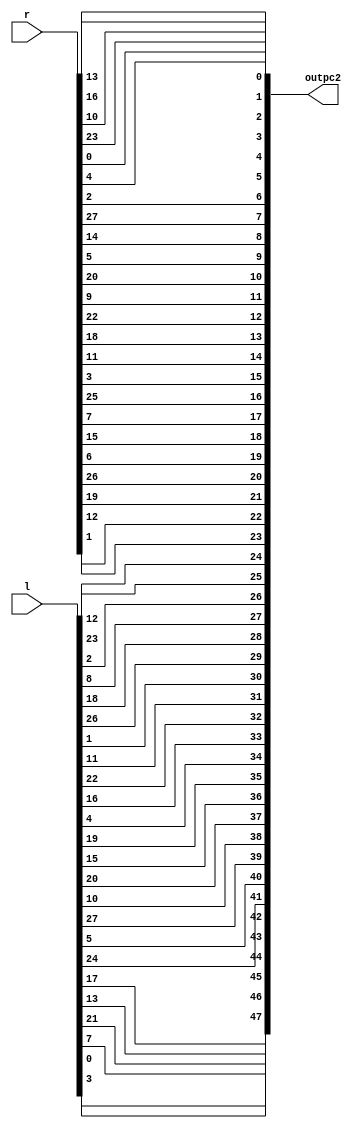
module pc2(
     l,
     r,
    outpc2
    );

   input [28:1] l;
    input [28:1] r;
    output reg [48:1] outpc2;
	 wire  [56:1] pwire;
	 
	assign  pwire = {l, r};
	 
	 always@(pwire)
	 begin
		outpc2[1] <= pwire[14];
		outpc2[2] <= pwire[17];
		outpc2[3] <= pwire[11];
		outpc2[4] <= pwire[24];
		outpc2[5] <= pwire[1];
		outpc2[6] <= pwire[5];
		outpc2[7] <= pwire[3];
		outpc2[8] <= pwire[28];
		outpc2[9] <= pwire[15];
		outpc2[10] <= pwire[6];
		
		outpc2[11] <= pwire[21];
		outpc2[12] <= pwire[10];
		outpc2[13] <= pwire[23];
		outpc2[14] <= pwire[19];
		outpc2[15] <= pwire[12];
		outpc2[16] <= pwire[4];
		outpc2[17] <= pwire[26];
		outpc2[18] <= pwire[8];
		outpc2[19] <= pwire[16];
		outpc2[20] <= pwire[7];
		
		outpc2[21] <= pwire[27];
		outpc2[22] <= pwire[20];
		outpc2[23] <= pwire[13];
		outpc2[24] <= pwire[2];
		outpc2[25] <= pwire[41];
		outpc2[26] <= pwire[52];
		outpc2[27] <= pwire[31];
		outpc2[28] <= pwire[37];
		outpc2[29] <= pwire[47];
		outpc2[30] <= pwire[55];
		
		outpc2[31] <= pwire[30];
		outpc2[32] <= pwire[40];
		outpc2[33] <= pwire[51];
		outpc2[34] <= pwire[45];
		outpc2[35] <= pwire[33];
		outpc2[36] <= pwire[48];
		outpc2[37] <= pwire[44];
		outpc2[38] <= pwire[49];
		outpc2[39] <= pwire[39];
		outpc2[40] <= pwire[56];
		
		outpc2[41] <= pwire[34];
		outpc2[42] <= pwire[53];
		outpc2[43] <= pwire[46];
		outpc2[44] <= pwire[42];
		outpc2[45] <= pwire[50];
		outpc2[46] <= pwire[36];
		outpc2[47] <= pwire[29];
		outpc2[48] <= pwire[32];
	 end
		
endmodule